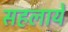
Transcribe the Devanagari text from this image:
सहलायें